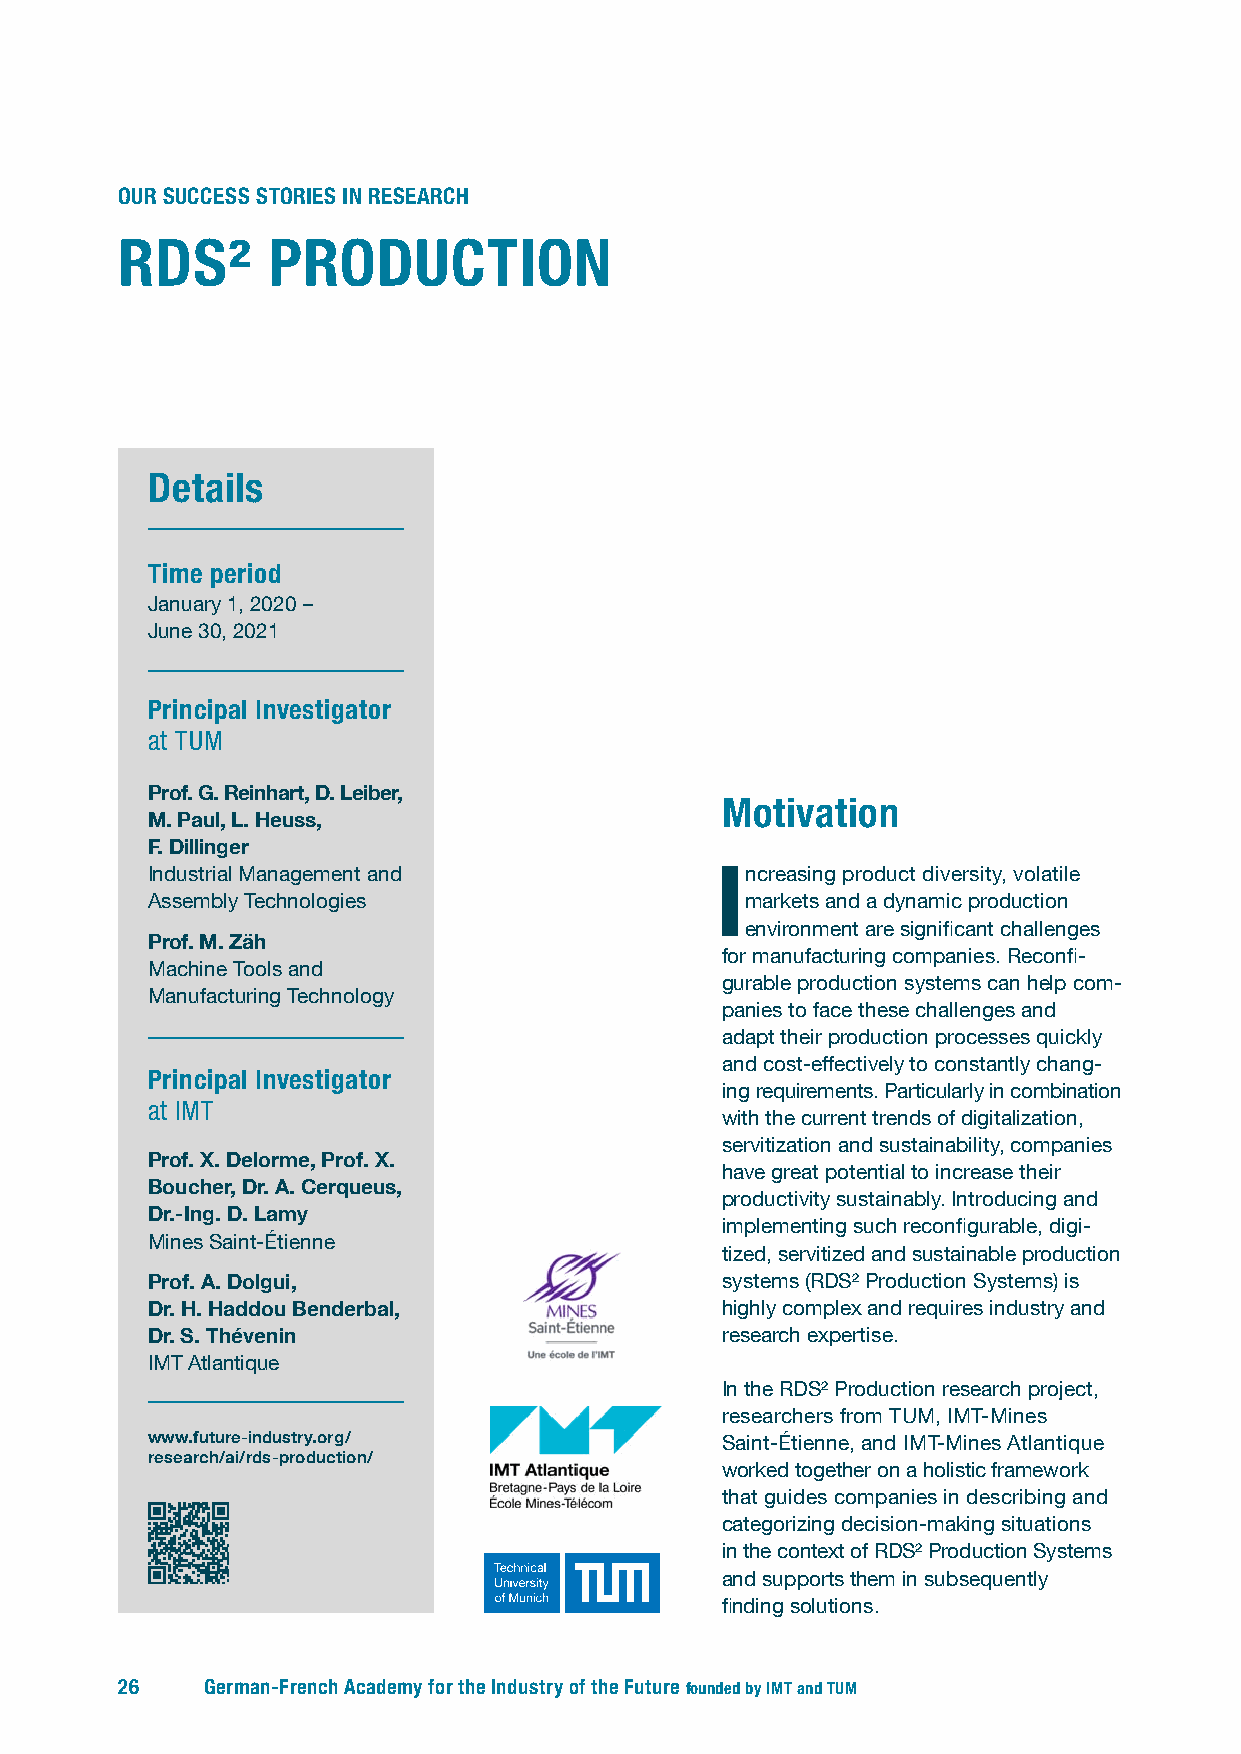
OUR SUCCESS STORIES IN RESEARCH
 RDS²      PRODUCTION
 Details
 Time period
 January 1, 2020 –
 June 30, 2021
 Principal Investigator
 at TUM
 Prof. G. R einhart, D . L eiber,
 Motivation
 M. Paul, L. Heuss,
 F. Dillinger
 Industrial Management and            Increasing product diversity, volatile
 Assembly Technologies                  markets and a dynamic production
 environment are significant challenges
 Prof. M. Zäh
 for manufacturing companies. Reconfi-
 Machine Tools and
 gurable production systems can help com-
 Manufacturing Technology
 panies to face these challenges and
 adapt their production processes quickly
 and cost-effectively to constantly chang-
 Principal Investigator
 ing requirements. Particularly in combination
 at IMT
 with the current trends of digitalization,
 servitization and sustainability, companies
 Prof. X. Delorme, Prof. X.
 have great potential to increase their
 Boucher, Dr. A. Cerqueus,
 productivity sustainably. Introducing and
 Dr.-Ing. D. Lamy
 implementing such reconfigurable, digi-
 Mines Saint-Étienne
 tized, servitized and sustainable production
 Prof. A. Dolgui,                      systems (RDS² Production Systems) is
 Dr. H. Haddou Benderbal,              highly complex and requires industry and
 Dr. S. Thévenin                       research expertise.
 IMT Atlantique
 In the RDS² Production research project,
 researchers from TUM, IMT-Mines
 www.future-industry.org/              Saint-Étienne, and IMT-Mines Atlantique
 research/ai/rds-production/
 worked together on a holistic framework
 that guides companies in describing and
 categorizing decision-making situations
 in the context of RDS² Production Systems
 and supports them in subsequently
 finding solutions.
 26    German-French Academy for the Industry of the Future founded by IMT and TUM